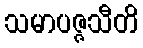
သမာပဇ္ဇသီတိ